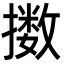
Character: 擞